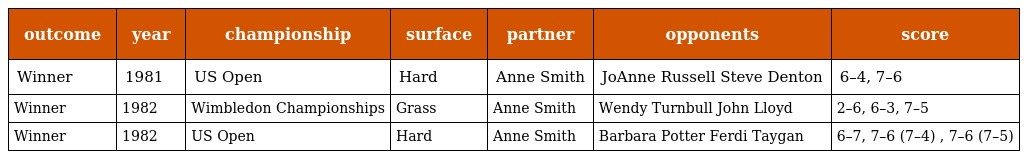
| outcome | year | championship | surface | partner | opponents | score |
 | --- | --- | --- | --- | --- | --- | --- |
 | Winner | 1981 | US Open | Hard | Anne Smith | JoAnne Russell Steve Denton | 6–4, 7–6 |
 | Winner | 1982 | Wimbledon Championships | Grass | Anne Smith | Wendy Turnbull John Lloyd | 2–6, 6–3, 7–5 |
 | Winner | 1982 | US Open | Hard | Anne Smith | Barbara Potter Ferdi Taygan | 6–7, 7–6 (7–4) , 7–6 (7–5) |